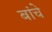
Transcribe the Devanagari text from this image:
बांचे